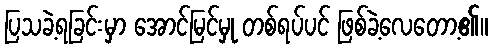
ပြသခဲ့ရခြင်းမှာ အောင်မြင်မှု တစ်ရပ်ပင် ဖြစ်ခဲ့လေတော့၏။